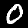
Label: 0